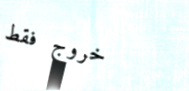
خروج فقط